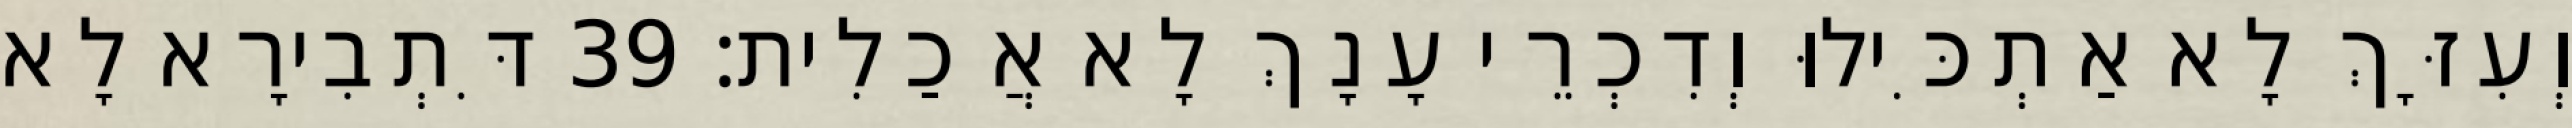
וְעִזָּךְ לָא אַתְכִּילוּ וְדִכְרֵי עָנָךְ לָא אֲכַלִית׃ 39 דִּתְבִירָא לָא